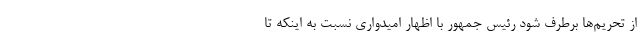
از تحریم‌ها برطرف شود رئیس جمهور با اظهار امیدواری نسبت به اینکه تا